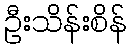
ဦးသိန်းစိန်